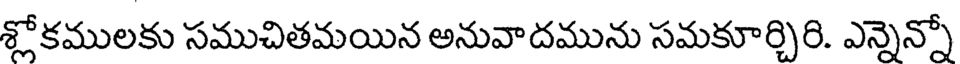
శ్లోకములకు సముచితమయిన అనువాదమును సమకూర్చిరి. ఎన్నెన్నో